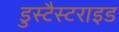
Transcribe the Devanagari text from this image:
डुस्टैस्टराइड